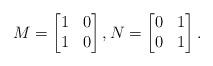
LaTeX: \begin{align*}M=\begin{bmatrix}1&0\\1&0\end{bmatrix}, N=\begin{bmatrix}0&1\\0&1\end{bmatrix}.\end{align*}